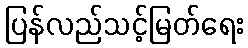
ပြန်လည်သင့်မြတ်ရေး